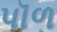
પૉળ